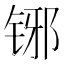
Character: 铘